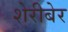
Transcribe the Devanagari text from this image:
शेरीबेर